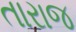
તારાજ